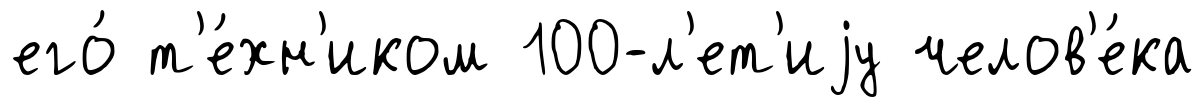
его́ т'е́хн'иком 100-л'ет'иjу челов'е́ка